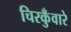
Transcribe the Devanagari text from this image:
चिरकुँवारे